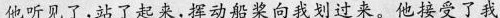
他听见了,站了起来,挥动船桨向我划过来。他接受了我